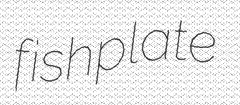
fishplate